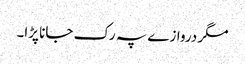
مگر دروازے پہ رک جانا پڑا۔